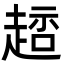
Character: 䞸